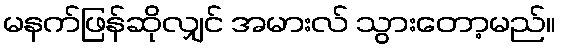
မနက်ဖြန်ဆိုလျှင် အမားလ် သွားတော့မည်။